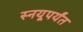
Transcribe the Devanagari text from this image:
स्नयूपर्यंत